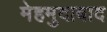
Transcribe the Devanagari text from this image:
मेहमुदाबाद